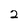
Character: 2